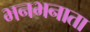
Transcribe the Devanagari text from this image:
भनभनाता